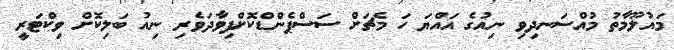
މައުލޫމާތު މުއްސަނދިވި ނިއުގެ އައްޔަ ހަ މެޗަށް ސަސްޕެންޑްކޮށްފިވާދަވެރި ނިއު ބަލިކޮށް ވިކްޓަރީ